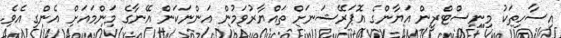
އިސާހިތަކު މިނިސްޓްރީން އަޔާންގެ އޮޕަރޭޝަނަށް ތައްޔާރުވަމުން އަންނަކަން އޭނާގެ މަންމައަށް އެންގި އެވެ.